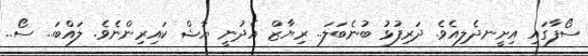
ސޯފާގައި އިށީނދެލިއެވެ. ދަރިފުޅު ބުނެބަލަ.. ރިޔާޒް އެދުނީ ޔާޝް ކައިރިންނެވެ. ލައްބަ.. ސޯ..